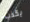
يكذب